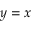
y = x